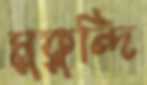
মুকুন্দি